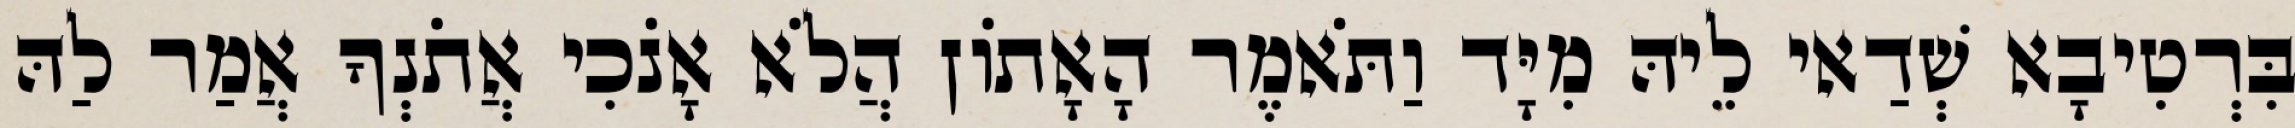
בִּרְטִיבָא שְׁדַאי לֵיהּ מִיָּד וַתֹּאמֶר הָאָתוֹן הֲלֹא אָנֹכִי אֲתֹנְךָ אֲמַר לַהּ